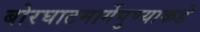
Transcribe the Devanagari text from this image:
बोरघाटमार्गेपुण्याकडे